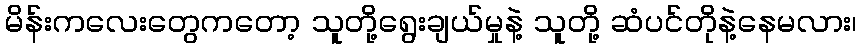
မိန်းကလေးတွေကတော့ သူတို့ရွေးချယ်မှုနဲ့ သူတို့ ဆံပင်တိုနဲ့နေမလား၊